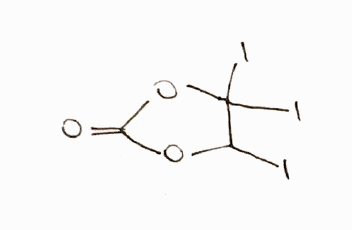
Simplified molecular-input line-entry system (SMILES) notation of the given molecule:
C1(C(OC(=O)O1)(I)I)I